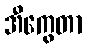
အီကွေတာ